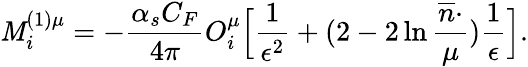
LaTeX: \mathit{M}_{i}^{(1)\mu}=-\frac{{\alpha_{s}C_{F}}}{{4\pi}}O_{i}^{\mu}\Bigl[\frac{{1}}{{\epsilon^{2}}}+(2-2\ln\frac{{\overline{{{{n}}}}\cdotp}}{{\mu}})\frac{{1}}{{\epsilon}}\Bigr].